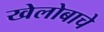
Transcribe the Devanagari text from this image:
खेलोबाचे